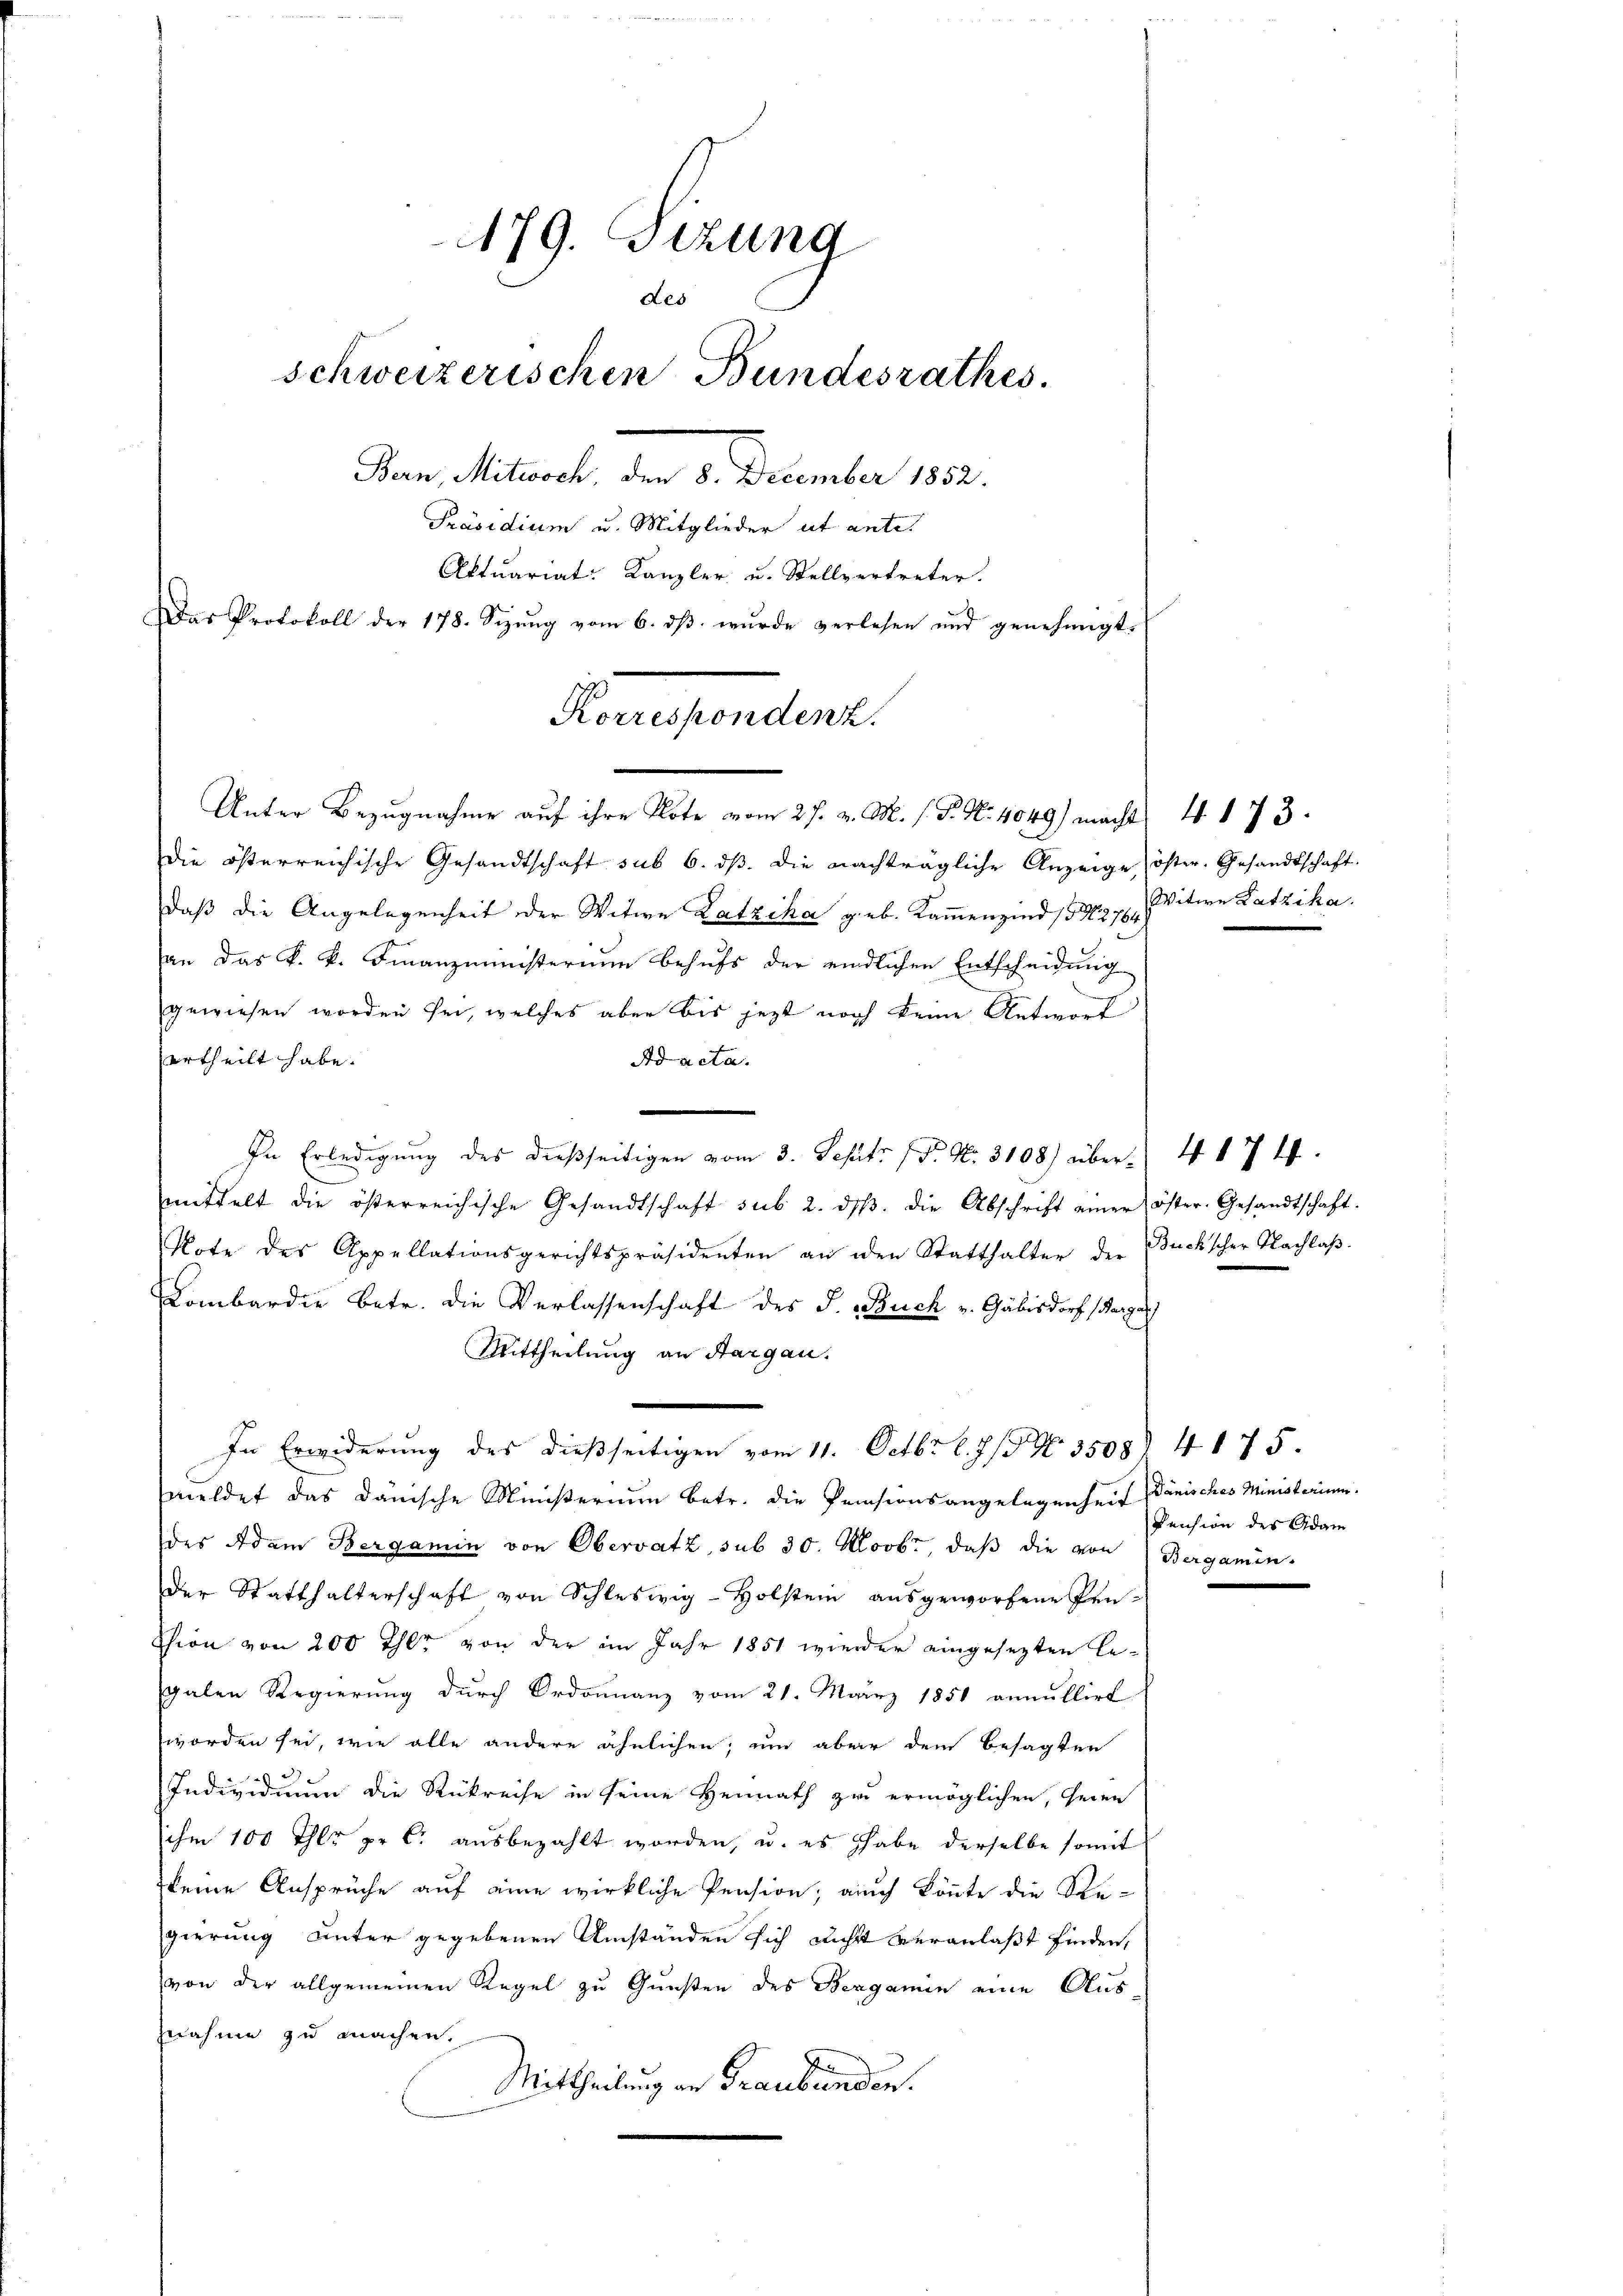
179. Sizung
Les
schweizerischen Bundesrathes.
Ban, Mitwoch, den 8. December 1832.
Präsidium u. Mitglieder ut ante.
Aktuariat: Kanzler u. Stellvertreter.
Das Protokoll der 178. Sizŭng vom 6. dβ wŭrde verlesen und genehmigt.
Korrespondenz.

Unter Bezugnahme auf ihre Klote vom 27. v. M. h. T. N. 4049) macht 4. 173.
Die österreichische Gesandtschaft sub 6. dβ. die nachträgliche Anzeige öster. Gesandtschaft.
daß die Angelegenheit der Witwe Latzika geb. Kammenzind 1827. Witwe Katzika.
an das k. k. Finanzministerium behufs der eindlichen Entscheidung
gewiesen worden sei, welches aber bis jezt noch keine Antwort
ertheilt habe.
Ad acta.
In Erledigung des dießseitigen vom 3. Sept. (T. N. 3108) über 4 § 74.
mittelt die österreichische Gesandtschaft sub. 2. dβ. die Abschrift einer öster. Gesandtschaft.
Note des Appellationsgerichtspräsidenten an den Statthalter der Buchscher Nachlaβ.
Lombardie betr. die Verlassenschaft des S. Buch v. Gäbisdorf (Barzal
Mittheilung an Aargau.
In Erwiderung des dießseitigen vom 11. Octbr. l. 7. No. 3508. 4175.
meldet das dänische Ministerium betr. die Pensionsangelegenheit Danisches Ministerium.
des Adam Bergamin von Obervatz, sub 30. Novbr, daβ die von Bergamin-
der Statthalterschaft von Schleswig-Holstein ausgeworfene Pen-
Thion von 200 Thlr von der im Jahr 1851 wieder eingesezten Le-
galen Regierung durch Ordonnanz vom 21. März 1851 annullirt
worden sei, wie alle andere ähnlichen, um aber dem besagten
a
Individuum die Rükreise in seine Heimath zu ermöglichen, seien
ihm 100 Thlr pr 6. ausbezahlt worden, u. es habe derselbe somit
keine Ansprüche auf eine wirkliche Pension; auch könnte die Re-
gierung unter gegebenen Umständen sich nicht veranlaßt finden,
von der allgemeinen Regel zu Gunsten des Bergamin eine Aus
znahme zu machen.
Mittheilung an Graubünden.

Pension des Adam